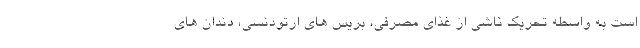
است به واسطه تحریک ناشی از غذای مصرفی، بریس های ارتودنسی، دندان های